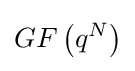
GF\left({q^{N}}\right)